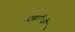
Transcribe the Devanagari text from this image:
टबारीजो